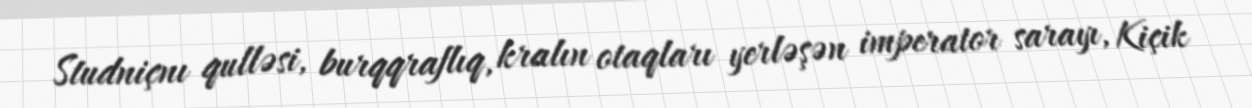
Studniçnı qulləsi, burqqraflıq, kralın otaqları yerləşən imperator sarayı, Kiçik